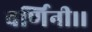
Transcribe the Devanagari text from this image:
वर्णिनी।।